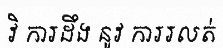
វិ ការដឹង នូវ ការរលត់